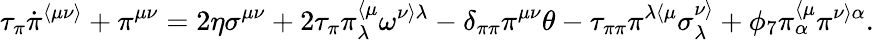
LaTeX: \tau_{\pi}\dot{\pi}^{\langle\mu\nu\rangle}+\pi^{\mu\nu}=2\eta\sigma^{\mu\nu}+2\tau_{\pi}\pi_{\lambda}^{\langle\mu}\omega^{\nu\rangle\lambda}-\delta_{\pi\pi}\pi^{\mu\nu}\theta-\tau_{\pi\pi}\pi^{\lambda\langle\mu}\sigma_{\lambda}^{\nu\rangle}+\phi_{7}\pi_{\alpha}^{\langle\mu}\pi^{\nu\rangle\alpha}.